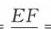
\(\frac{EF}{EF}=\)